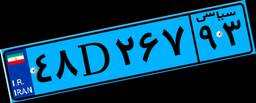
۰۹D۷۱۴۲۴